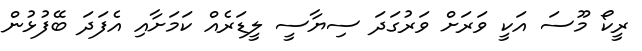
ރީކޯ މޫސަ އަކީ ވަރަށް ވަރުގަދަ ސިޔާސީ ލީޑަރެއް ކަމަށާއި އެފަދަ ބޭފުޅުން